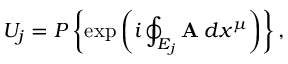
U _ { j } = { \cal P } \left\{ \exp \left( i \oint _ { E _ { j } } { { \bf A _ { \mu } } d x ^ { \mu } } \right) \right\} ,